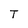
Character: T